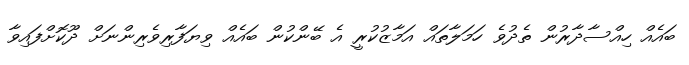
ބައެއް ހިއްސާދާރުން ތެދުވެ ހަމަލާތައް އަމާޒުކުރީ އެ ބޭންކުން ބައެއް ވިޔަފާރިވެރިންނަށް ދޫކޮށްފައިވާ